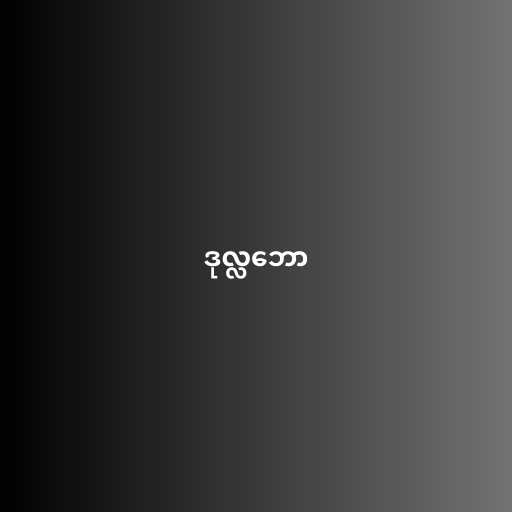
ဒုလ္လဘော